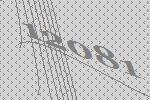
12081